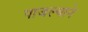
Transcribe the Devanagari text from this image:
पाजल्याने